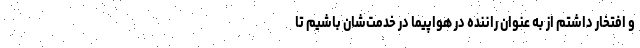
و افتخار داشتم از به عنوان راننده در هواپیما در خدمت‌شان باشیم تا